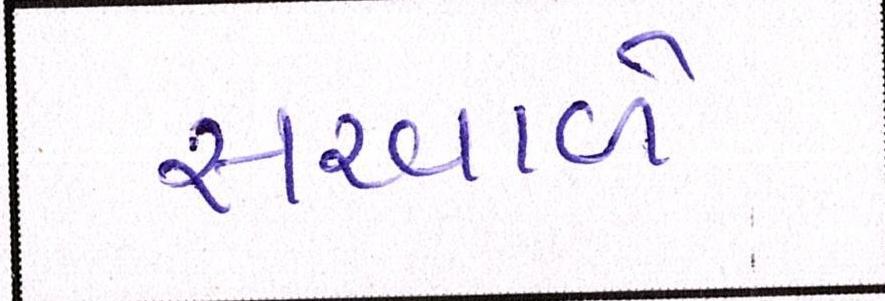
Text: સરવાળે